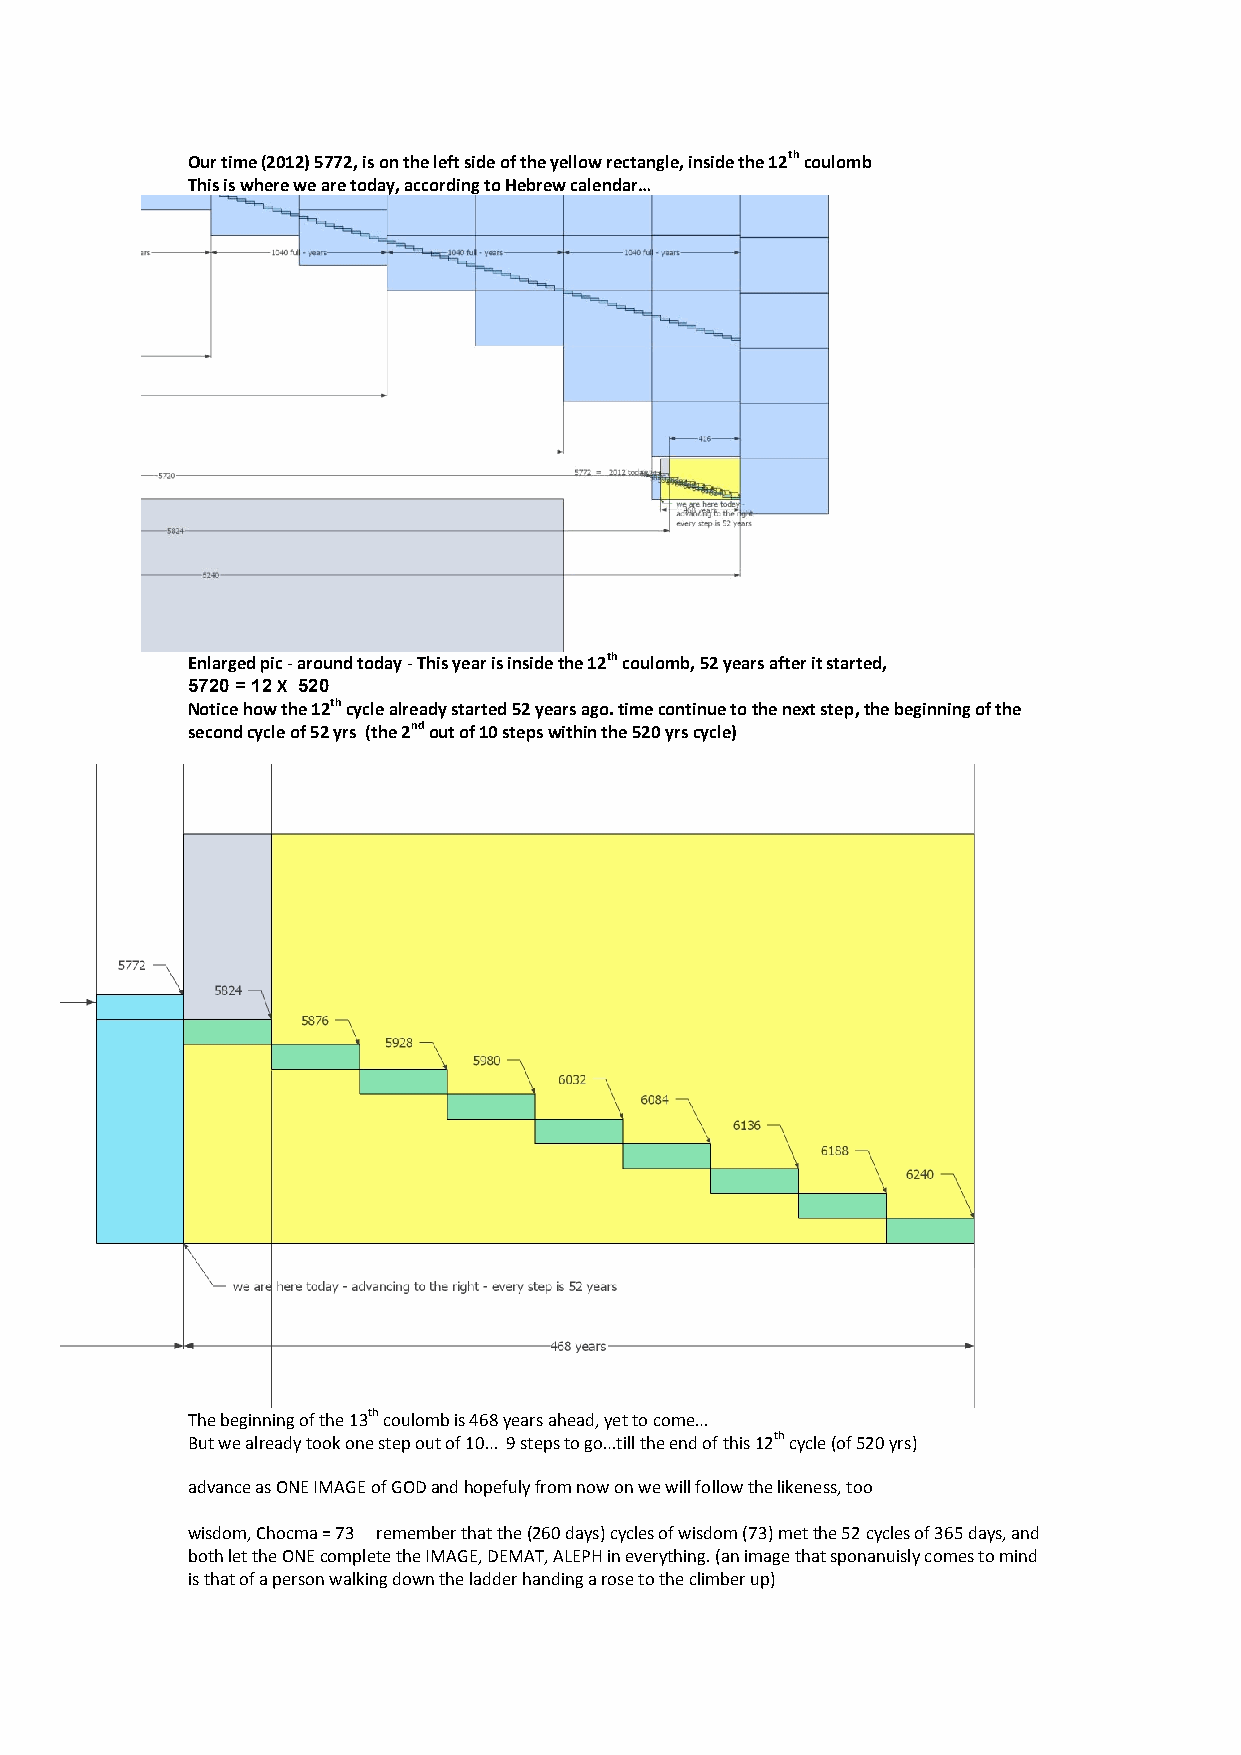
Our time (2012) 5772, is on the left side of the yellow rectangle, inside the 12th coulomb
 This is where we are today, according to Hebrew calendar…
 Enlarged pic - around today - This year is inside the 12th coulomb, 52 years after it started,
 0225 = 22 X 025
 Notice how the 12th cycle already started 52 years ago. time continue to the next step, the beginning of the
 second cycle of 52 yrs (the 2nd out of 10 steps within the 520 yrs cycle)
 The beginning of the 13th coulomb is 468 years ahead, yet to come…
 But we already took one step out of 10… 9 steps to go…till the end of this 12th cycle (of 520 yrs)
 advance as ONE IMAGE of GOD and hopefuly from now on we will follow the likeness, too
 wisdom, Chocma = 73 remember that the (260 days) cycles of wisdom (73) met the 52 cycles of 365 days, and
 both let the ONE complete the IMAGE, DEMAT, ALEPH in everything. (an image that sponanuisly comes to mind
 is that of a person walking down the ladder handing a rose to the climber up)